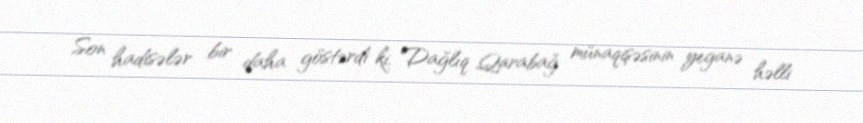
Son hadisələr bir daha göstərdi ki, Dağlıq Qarabağ münaqişəsinin yeganə həlli